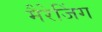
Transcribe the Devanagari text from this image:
मैरेजिंग